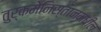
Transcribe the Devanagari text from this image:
तुर्कमेनिस्तानमधील